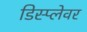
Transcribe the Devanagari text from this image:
डिस्प्लेवर